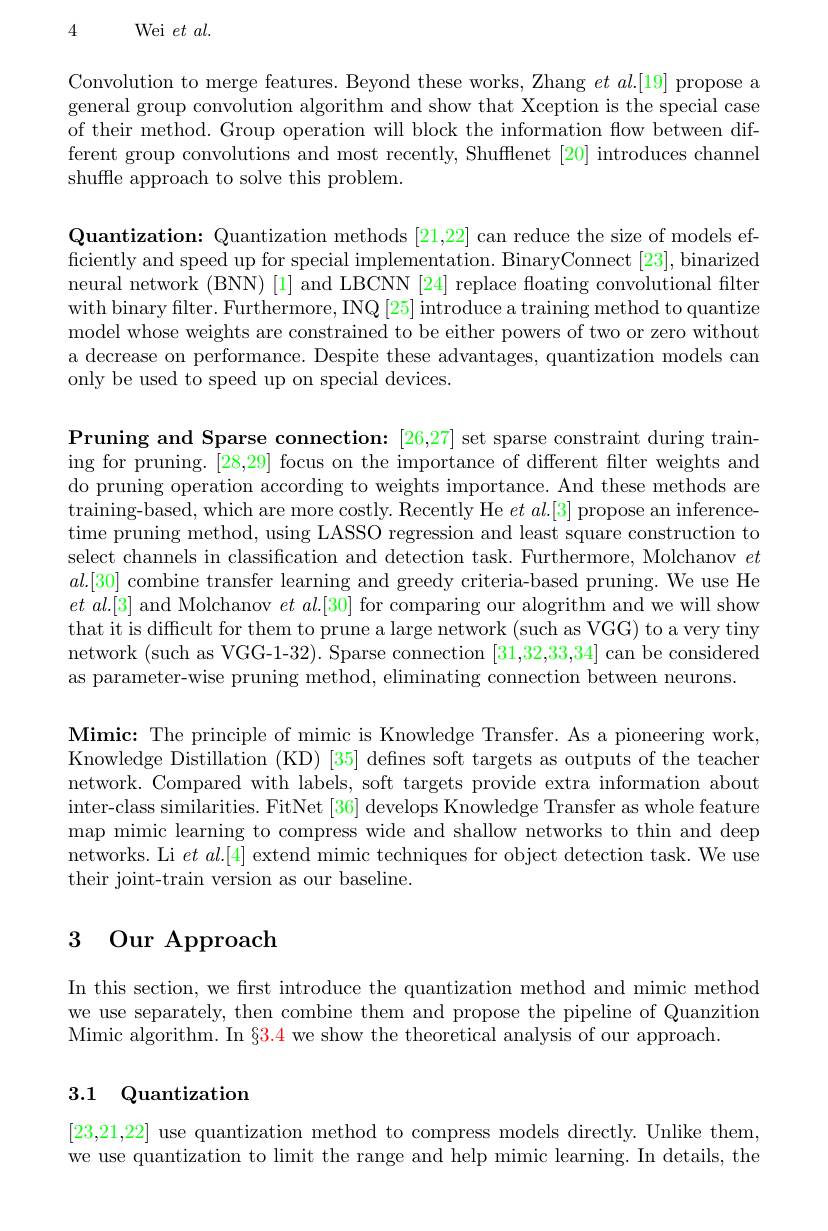
4 Wei $et$ $al.$

Convolution to merge features. Beyond these works, Zhang $et\textit{al. [ 19] propose a}$ general group convolution algorithm and show that Xception is the special case of their method. Group operation will block the information flow between different group convolutions and most recently, Shufflenet [20] introduces channel shuffle approach to solve this problem.

Quantization: Quantization methods [21,22] can reduce the size of models efficiently and speed up for special implementation. BinaryConnect [23], binarized neural network (BNN) [1] and LBCNN [24] replace floating convolutional filten with binary filter. Furthermore, INQ [25] introduce a training method to quantize model whose weights are constrained to be either powers of two or zero without a decrease on performance. Despite these advantages, quantization models can only be used to speed up on special devices.

Pruning and Sparse connection: [26,27] set sparse constraint during training for pruning. [28,29] focus on the importance of different filter weights and do pruning operation according to weights importance. And these methods are training-based, which are more costly. Recently He $et\textit{al. [ 3] propose an inference- }$ time pruning method, using LASSO regression and least square construction to select channels in classification and detection task. Furthermore, Molchanov $et$ $al.[30]$ combine transfer learning and greedy criteria-based pruning. We use He $et$ al.[3] and Molchanov $et\textit{al. [ 30] for comparing our alogrithm and we will show}$ that it is difficult for them to prune a large network (such as VGG) to a very tiny network (such as VGG-1-32). Sparse connection [31,32,33,34] can be considered as parameter-wise pruning method, eliminating connection between neurons.

$\textbf{Mimic: The principle of mimic is Knowledge Transfer. As a pioneering work, }$ Knowledge Distillation (KD) [35] defines soft targets as outputs of the teacher network. Compared with labels, soft targets provide extra information about inter-class similarities. FitNet [36] develops Knowledge Transfer as whole feature map mimic learning to compress wide and shallow networks to thin and deep networks. Li $et\textit{al. [ 4] extend mimic techniques for object detection task. We use}$ their joint-train version as our baseline.

# 3 Our Approach

In this section, we frst introduce the quantization method and mimic method we use separately, then combine them and propose the pipeline of Quanzition Mimic algorithm. In $\color{red}{\S3.4}$ we show the theoretical analysis of our approach

# 3.1 Quantization

[23,21,22] use quantization method to compress models directly. Unlike them, we use quantization to limit the range and help mimic learning. In details, the